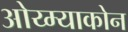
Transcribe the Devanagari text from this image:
ओय्म्याकोन